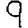
Digit: 9